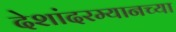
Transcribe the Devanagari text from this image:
देशांदरम्यानच्या